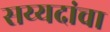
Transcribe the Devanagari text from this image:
सय्यदांचा